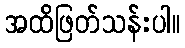
အထိဖြတ်သန်းပါ။